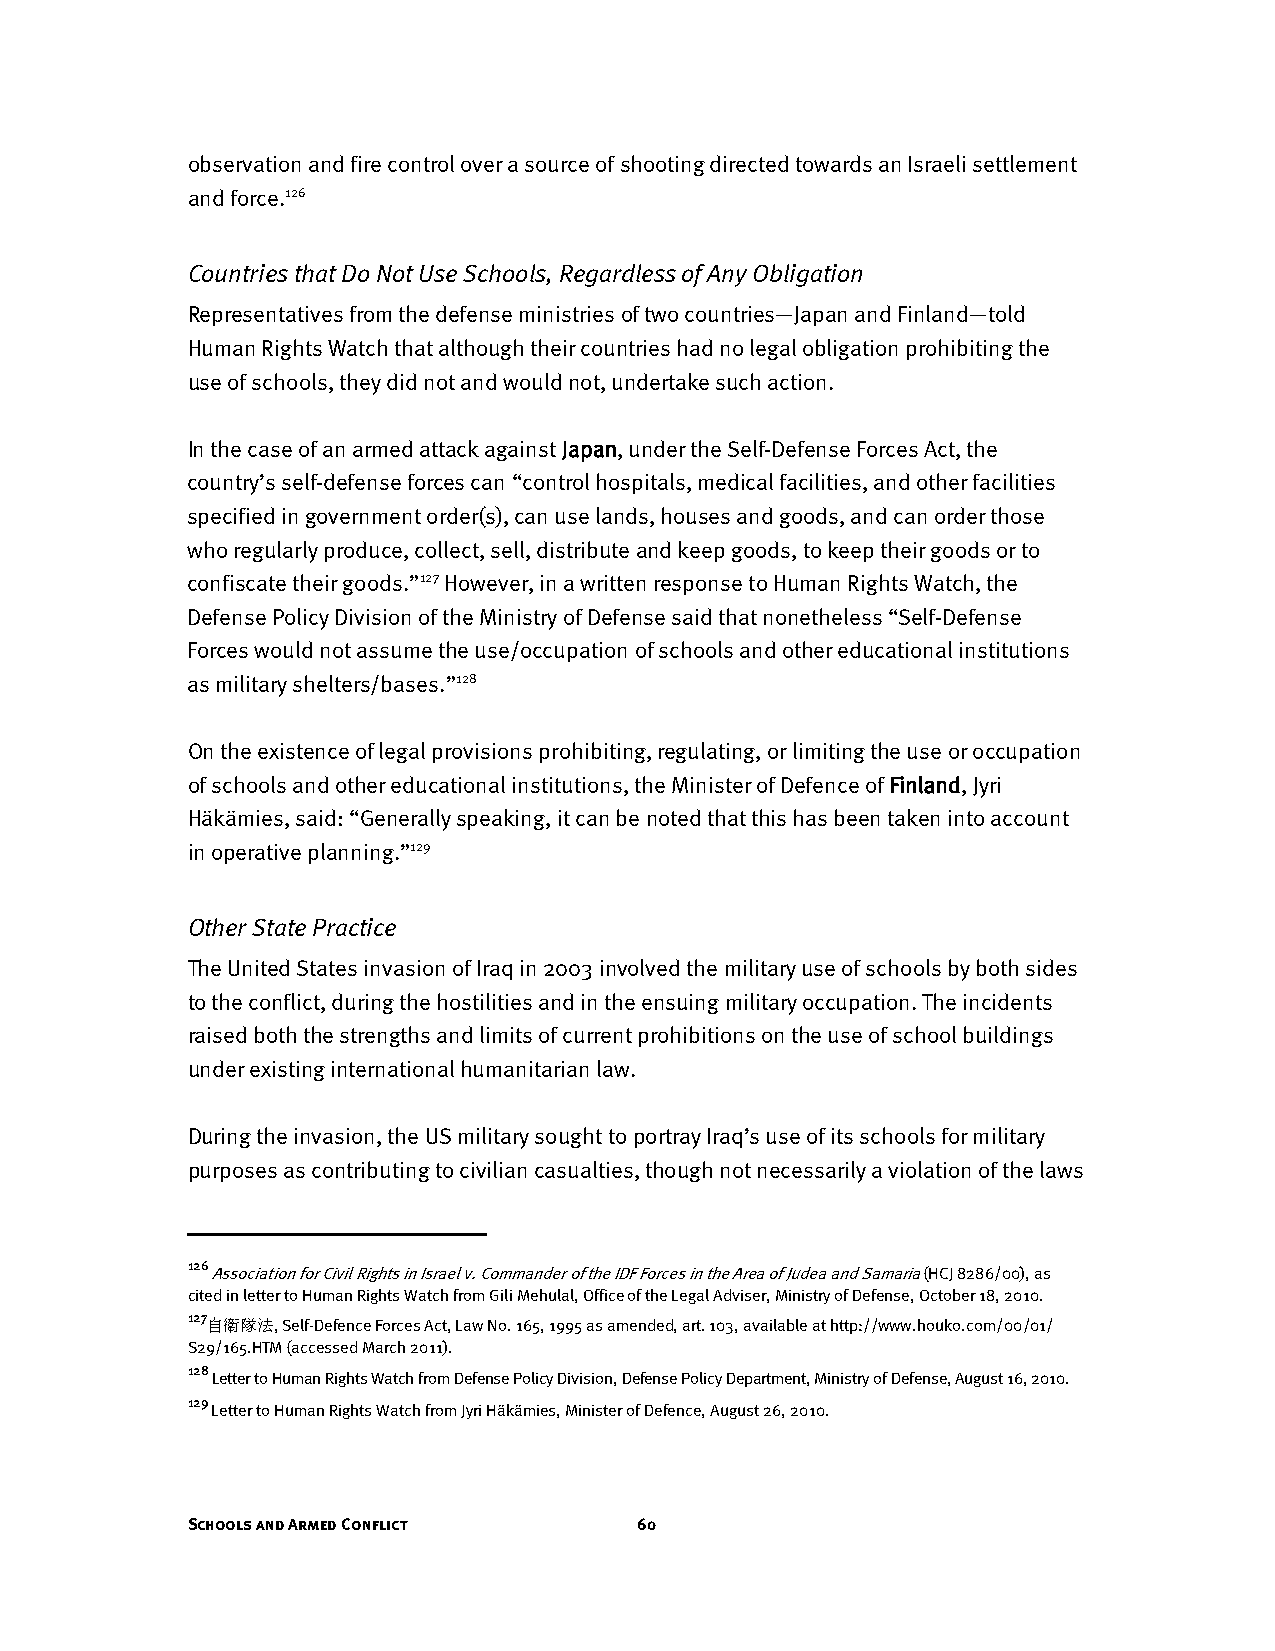
observation and fire control over a source of shooting directed towards an Israeli settlement
 and force.126
 Countries that Do Not Use Schools, Regardless of Any Obligation
 Representatives from the defense ministries of two countries—Japan and Finland—told
 Human Rights Watch that although their countries had no legal obligation prohibiting the
 use of schools, they did not and would not, undertake such action.
 In the case of an armed attack against Japan, under the Self-Defense Forces Act, the
 country’s self-defense forces can “control hospitals, medical facilities, and other facilities
 specified in government order(s), can use lands, houses and goods, and can order those
 who regularly produce, collect, sell, distribute and keep goods, to keep their goods or to
 confiscate their goods.”127 However, in a written response to Human Rights Watch, the
 Defense Policy Division of the Ministry of Defense said that nonetheless “Self-Defense
 Forces would not assume the use/occupation of schools and other educational institutions
 as military shelters/bases.”128
 On the existence of legal provisions prohibiting, regulating, or limiting the use or occupation
 of schools and other educational institutions, the Minister of Defence of Finland, Jyri
 Häkämies, said: “Generally speaking, it can be noted that this has been taken into account
 in operative planning.”129
 Other State Practice
 The United States invasion of Iraq in 2003 involved the military use of schools by both sides
 to the conflict, during the hostilities and in the ensuing military occupation. The incidents
 raised both the strengths and limits of current prohibitions on the use of school buildings
 under existing international humanitarian law.
 During the invasion, the US military sought to portray Iraq’s use of its schools for military
 purposes as contributing to civilian casualties, though not necessarily a violation of the laws
 126
 Association for Civil Rights in Israel v. Commander of the IDF Forces in the Area of Judea and Samaria (HCJ 8286/00), as
 cited in letter to Human Rights Watch from Gili Mehulal, Office of the Legal Adviser, Ministry of Defense, October 18, 2010.
 127自衛隊法,
 Self-Defence Forces Act, Law No. 165, 1995 as amended, art. 103, available at http://www.houko.com/00/01/
 S29/165.HTM (accessed March 2011).
 128
 Letter to Human Rights Watch from Defense Policy Division, Defense Policy Department, Ministry of Defense, August 16, 2010.
 129
 Letter to Human Rights Watch from Jyri Häkämies, Minister of Defence, August 26, 2010.
 Schools and Armed Conflict    60